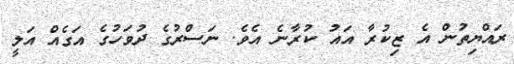
ރައްޔިތުން އެ ޒިކުރާ އައު ކުރާނެ އެވެ. ނަސްރުގެ ދުވަހުގެ އަގެއް އަލީ